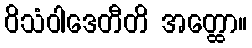
ဝိသံဝါဒေတီတိ အတ္ထော။